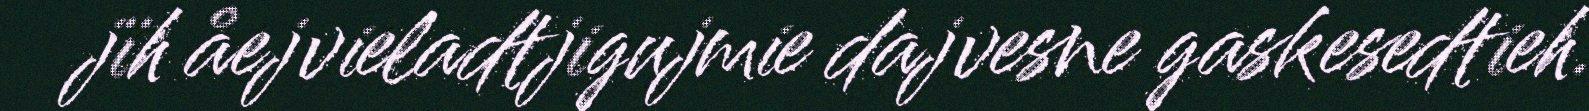
jïh åejvieladtjigujmie dajvesne gaskesedtieh.